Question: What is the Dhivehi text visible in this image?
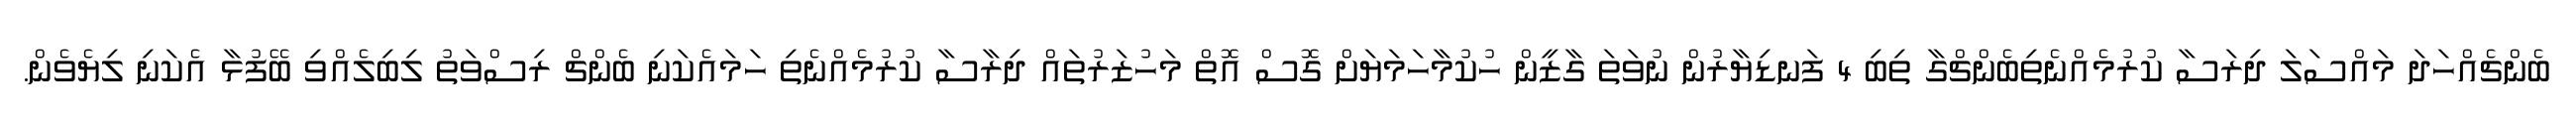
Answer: ބެންޗެއްހަދަ މައްސަލަ ދިރަސާ ކުރުމެއްނެތިބެންޗްގާ ތިބި 4 ފަނޑިޔާރުން ނުވަތަ ގާޒީން ހުކުމާހަމަޔަށް ގޮސް އޮތް މަހުޒަރުތައް ދިރާސާ ކުރުމެއްނެތި ހަމައެކަނި ބެންޗް ރިސްވަތު ލިބިލެއްވި ބޭފުޅާ އެކަނި ލިޔެވެން.